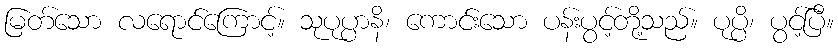
မြတ်သော လရောင်ကြောင့်။ သုပုပ္ပာနိ၊ ကောင်းသော ပန်းပွင့်တို့သည်။ ပုပ္ပိ၊ ပွင့်ပြီ။